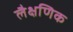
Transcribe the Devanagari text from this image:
लैक्षणिक